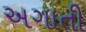
અગાતી